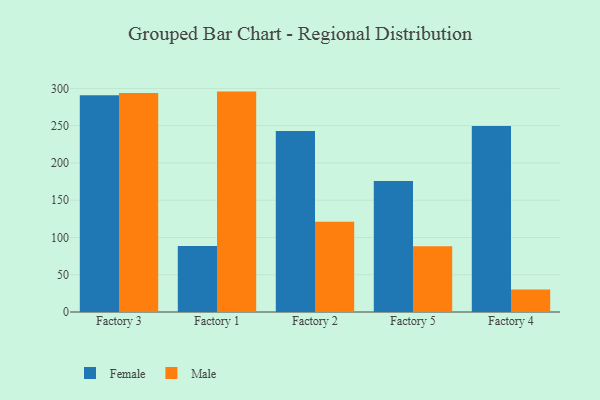
{"axis": {"x": "Factory", "y": "Net Income (USD K)"}, "legend": ["Female", "Male"], "data": [{"x": "Factory 3", "y": 290.8, "type": "Female"}, {"x": "Factory 3", "y": 293.7, "type": "Male"}, {"x": "Factory 1", "y": 88.7, "type": "Female"}, {"x": "Factory 1", "y": 295.7, "type": "Male"}, {"x": "Factory 2", "y": 242.9, "type": "Female"}, {"x": "Factory 2", "y": 121.2, "type": "Male"}, {"x": "Factory 5", "y": 175.6, "type": "Female"}, {"x": "Factory 5", "y": 88.3, "type": "Male"}, {"x": "Factory 4", "y": 249.5, "type": "Female"}, {"x": "Factory 4", "y": 30.2, "type": "Male"}]}